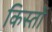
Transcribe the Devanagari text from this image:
किस्‍तों